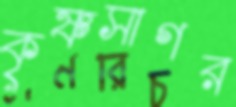
কৃষ্ণসাগর